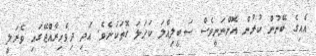
އެއިގެ ބޭނުން ކުރުން އޮންނަނީވެސް ސަބީލިއްލަ ކަހަލަ ގޮތަކަށެވެ. އަދި ދިވެހިރާއްޖޭގައި ވެރަލީ